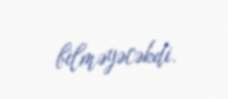
bilməyəcəkdi.